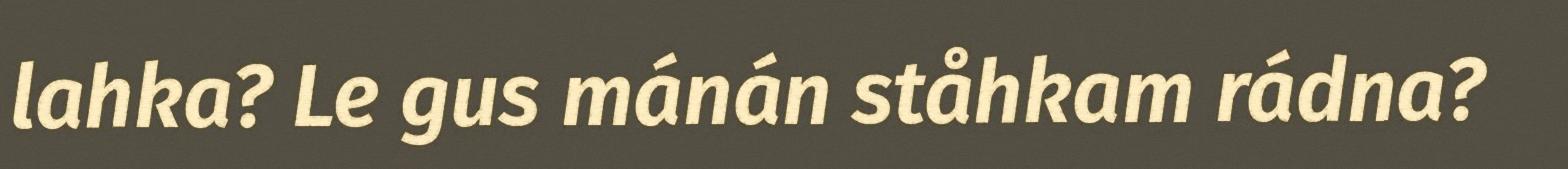
lahka? Le gus mánán ståhkam rádna?